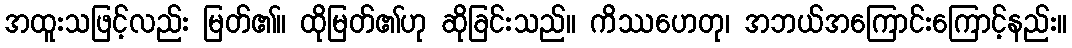
အထူးသဖြင့်လည်း မြတ်၏။ ထိုမြတ်၏ဟု ဆိုခြင်းသည်။ ကိဿဟေတု၊ အဘယ်အကြောင်းကြောင့်နည်း။